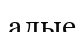
алые